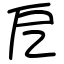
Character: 戹